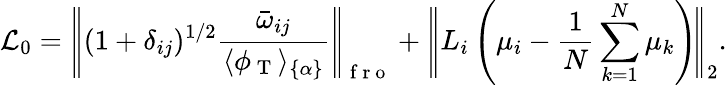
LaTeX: \mathcal{L}_{0}=\Bigg|\! \Bigg|(1+\delta_{ij})^{1/2}\frac{\bar{\omega}_{ij}}{\langle\phi_{\mathrm{~T~}}\rangle_{\{ \alpha\} }}\Bigg|\! \Bigg|_{\mathrm{~f~r~o~}}+\Bigg|\! \Bigg|L_{i}\left(\mu_{i}-\frac{1}{N}\sum_{k=1}^{N}\mu_{k}\right)\! \Bigg|\! \Bigg|_{2}.